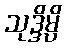
သုဒ္ဒိမ္ပိ